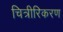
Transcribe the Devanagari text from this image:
चित्रीरिकरण